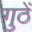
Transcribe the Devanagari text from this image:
गुठें